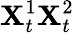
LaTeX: \mathbf{X}_{t}^{1}\mathbf{X}_{t}^{2}